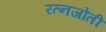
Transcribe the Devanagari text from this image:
रत्नजोती